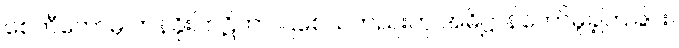
စေတီတော်မှ တန်ခိုးပြာဋိဟာ ပြစေသတည်းဟု အဓိဋ္ဌာန်တော်မူခဲ့ကြခြင်း။